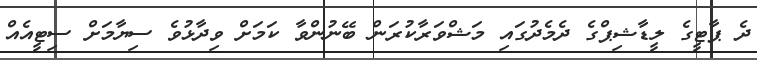
ދެ ޕާޓީގެ ލީޑާޝިޕްގެ ދެމެދުގައި މަޝްވަރާކުރަން ބޭނުންވާ ކަމަށް ވިދާޅުވެ ސިޔާމަށް ސިޓީއެއް